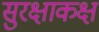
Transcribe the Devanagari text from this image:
सुरक्षाकक्ष